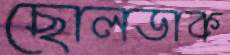
ছোলডাক